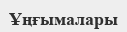
Ұңғымалары